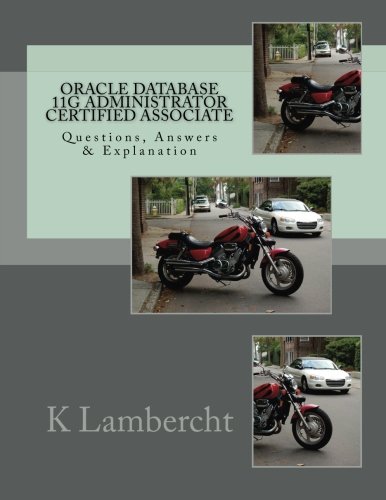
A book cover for Oracle Database 11g Administrator Certified Associate: Questions, Answers & Explanation; K Lambercht; Computers & Technology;